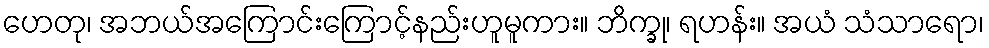
ဟေတု၊ အဘယ်အကြောင်းကြောင့်နည်းဟူမူကား။ ဘိက္ခု၊ ရဟန်း။ အယံ သံသာရော၊